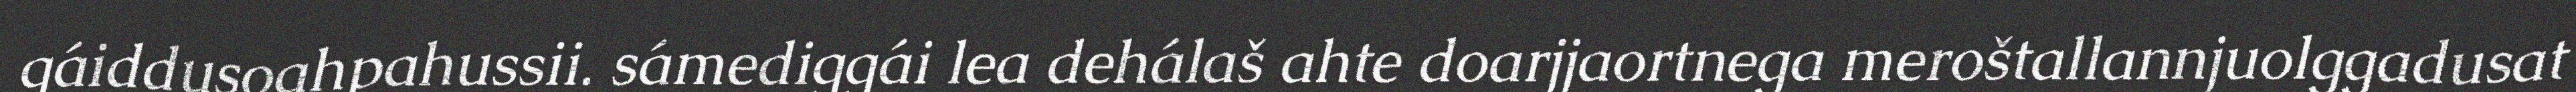
gáiddusoahpahussii. sámediggái lea dehálaš ahte doarjjaortnega meroštallannjuolggadusat